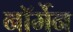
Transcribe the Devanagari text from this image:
नॉर्मेन